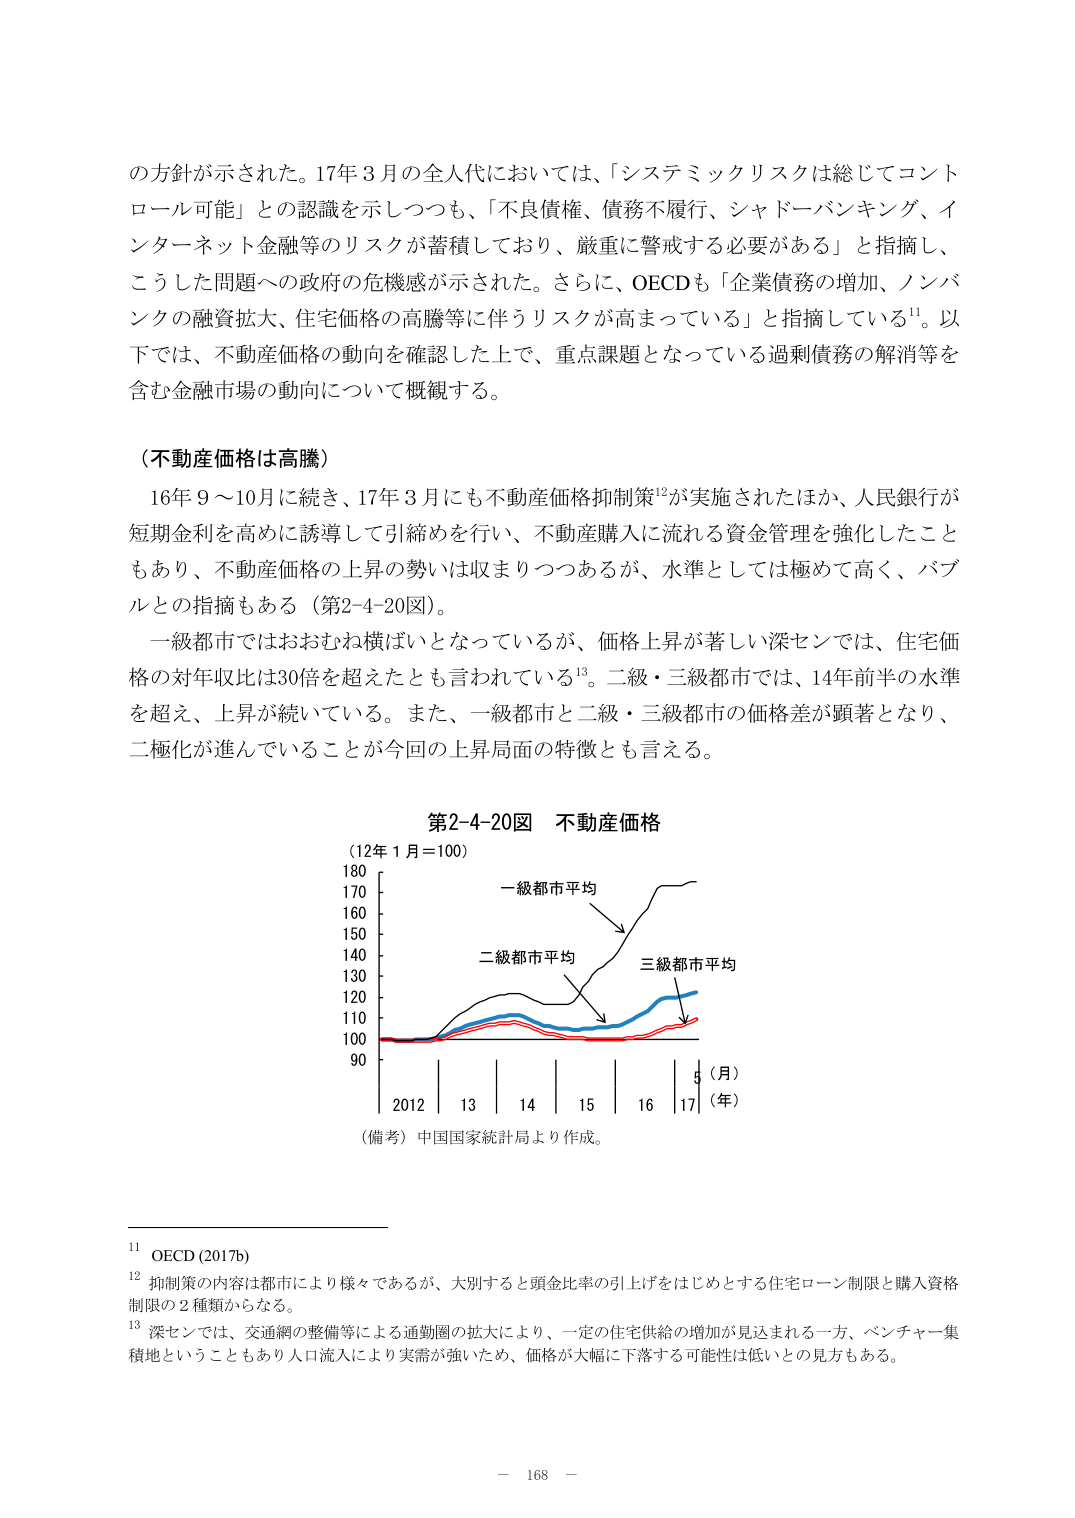
の方針が示された。17年3月の全人代においては、「システミックリスクは総じてコントロール可能」との認識を示しつつも、「不良債権、債務不履行、シャドーバンキング、インターネット金融等のリスクが蓄積しており、厳重に警戒する必要がある」と指摘し、こうした問題への政府の危機感が示された。さらに、OECDも「企業債務の増加、ノンバンクの融資拡大、住宅価格の高騰等に伴うリスクが高まっている」と指摘している¹¹。以下では、不動産価格の動向を確認した上で、重点課題となっている過剰債務の解消等を含む金融市場の動向について概観する。

（不動産価格は高騰）

16年9～10月に続き、17年3月にも不動産価格抑制策¹²が実施されたほか、人民銀行が短期金利を高めに誘導して引締めを行い、不動産購入に流れる資金管理を強化したこともあり、不動産価格の上昇の勢いは収まりつつあるが、水準としては極めて高く、バブルとの指摘もある（第2-4-20図）。

一級都市ではおおむね横ばいとなっているが、価格上昇が著しい深センでは、住宅価格の対年収比は30倍を超えたとも言われている¹³。二級・三級都市では、14年前半の水準を超え、上昇が続いている。また、一級都市と二級・三級都市の価格差が顕著となり、二極化が進んでいることが今回の上昇局面の特徴とも言える。

第2-4-20図 不動産価格

（12年1月＝100）

180
170
160
150
140
130
120
110
100
90

一級都市平均
二級都市平均
三級都市平均

2012 13 14 15 16 17（年）
（月）

（備考）中国国家統計局より作成。

¹¹ OECD (2017b)
¹² 抑制策の内容は都市により様々であるが、大別すると頭金比率の引上げをはじめとする住宅ローン制限と購入資格制限の2種類からなる。
¹³ 深センでは、交通網の整備等による通勤圏の拡大により、一定の住宅供給の増加が見込まれる一方、ベンチャー集積地ということもあり人口流入により実需が強いため、価格が大幅に下落する可能性は低いとの見方もある。

－ 168 －